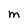
Character: M